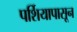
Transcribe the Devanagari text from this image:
पर्शियापासून